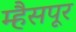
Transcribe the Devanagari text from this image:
म्हैसपूर